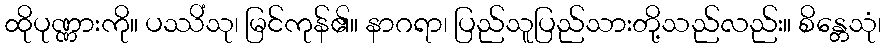
ထိုပုဏ္ဏားကို။ ပဿိံသု၊ မြင်ကုန်၏။ နာဂရာ၊ ပြည်သူပြည်သားတို့သည်လည်း။ စိန္တေသုံ၊